Tezpur Lunatic Asylum reports 1877-1894 - 1877-1894
Year: 1877
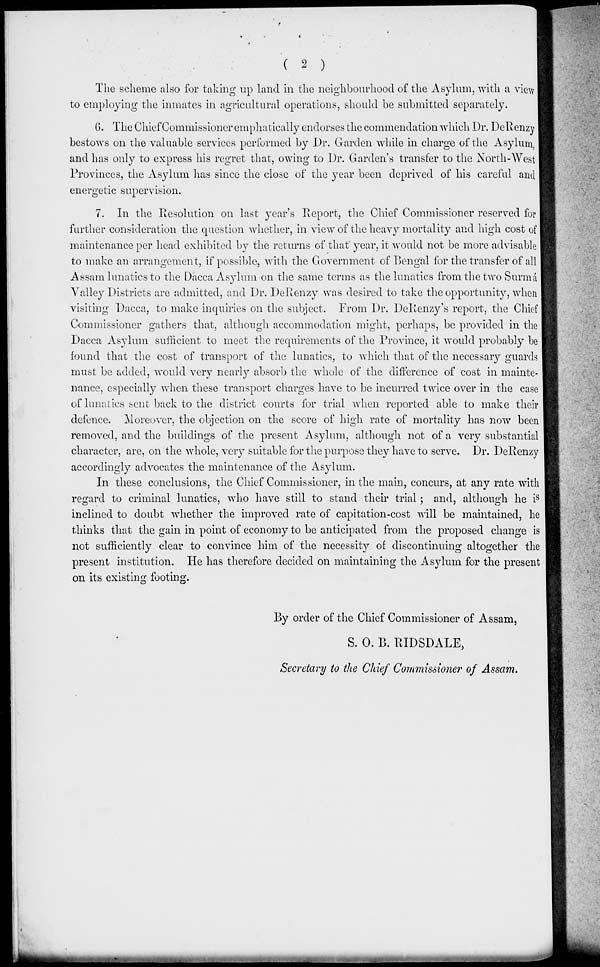
( 2 )
The scheme also for taking up land in the neighbourhood of the Asylum, with a view
to employing the inmates in agricultural operations, should be submitted separately.
G. The Chief Commissioner emphatically endorses the commendation which Dr. DeRenzy
bestows on the valuable services performed by Dr. Garden while in charge of the Asylum
and has only to express his regret that, owing to Dr. Garden's transfer to the North-West
Provinces, the Asylum lias since the close of the year been deprived of his careful and
energetic supervision.
7. In the Resolution on last year's Report, the Chief Commissioner reserved for
further consideration the question whether, in view of the heavy mortality and high cost of
maintenance per head exhibited by the returns of that' year, it would not be more advisable
to make an arrangement, if possible, with the Government of Bengal for the transfer of all
Assam lunatics to the Dacca Asylum on the same terms as the lunatics from the two Surma
Valley Districts are admitted, and Dr. DeRenzy was desired to take the opportunity, when
visiting Dacca, to make inquiries on the subject. From Dr. DeRenzy's report, the Chief
Commissioner gathers that, although accommodation might, perhaps, be provided in the
Dacca Asylum sufficient to meet the requirements of the Province, it would probably be
found that the cost of transport of the lunatics, to which that of the necessaiy guards
must be added, would very nearly absorb the whole of the difference of cost in mainte-
nance, especially when these transport charges have to be incurred twice over in the case
of lunatics sent back to the district courts for trial when reported able to make their
defence. Moreover, the objection on the score of high rate of mortality has now been
removed, and the buildings of the present Asylum, although not of a very substantial
character, are, on the whole, very suitable for the purpose they have to serve. Dr. DeRenzy
accordingly advocates the maintenance of the Asylum.
In these conclusions, the Chief Commissioner, in the main, concurs, at any rate with
regard to criminal lunatics, who have still to stand their trial; and, although he i s
inclined to doubt whether the improved rate of capitation-cost will be maintained, he
thinks that the gain in point of economy to be anticipated from the proposed change is
not sufficiently clear to convince him of the necessity of discontinuing altogether the
present institution. He has therefore decided on maintaining the Asylum for the present
Sfc
on its existing footing.
By order of the Chief Commissioner of Assam,
S. 0. B. RIDSDALE,
Secretary to the Chief Commissioner of Assam.
MM